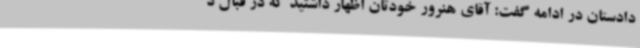
دادستان در ادامه گفت: آقای هنرور خودتان اظهار داشتید که در قبال د